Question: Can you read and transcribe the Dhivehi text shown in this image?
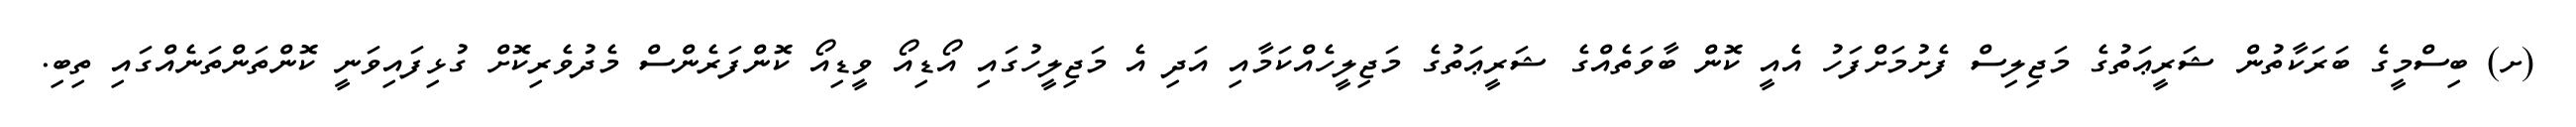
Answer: (ށ) ބިސްމީގެ ބަރަކާތުން ޝަރީޢަތުގެ މަޖިލިސް ފެށުމަށްފަހު އެއީ ކޮން ބާވަތެއްގެ ޝަރީޢަތުގެ މަޖިލީހެއްކަމާއި އަދި އެ މަޖިލީހުގައި އޯޑިއޯ ވީޑިއޯ ކޮންފަރެންސް މެދުވެރިކޮށް ގުޅިފައިވަނީ ކޮންތަންތަނެއްގައި ތިބި.